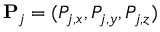
\mathbf P _ { j } = ( P _ { j , x } , P _ { j , y } , P _ { j , z } )